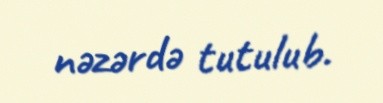
nəzərdə tutulub.